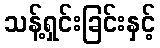
သန့်ရှင်းခြင်းနှင့်